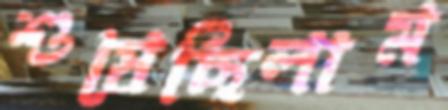
শুষেছিলাম